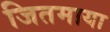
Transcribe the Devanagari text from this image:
जितमाया